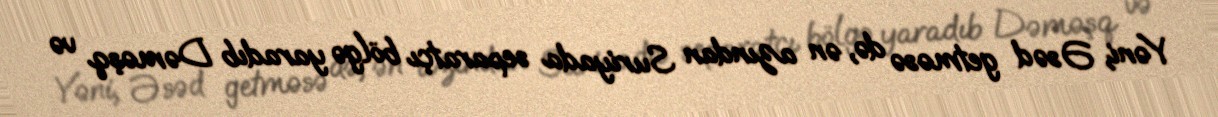
Yəni, Əsəd getməsə də, ən azından Suriyada separatçı bölgə yaradıb Dəməşq və